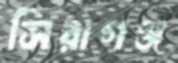
সিরাগঞ্জ